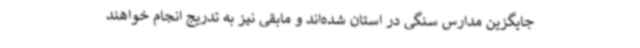
جایگزین مدارس سنگی در استان شده‌اند و مابقی نیز به تدریج انجام خواهند